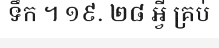
ទឹក ។ ១៩. ២៨ អ្វី គ្រប់